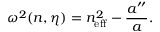
\omega ^ { 2 } ( n , \eta ) = n _ { \mathrm { e f f } } ^ { 2 } - \frac { a ^ { \prime \prime } } { a } .